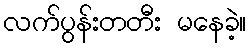
လက်ပွန်းတတီး မနေခဲ့။